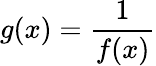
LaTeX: g(x)={\frac{1}{f(x)}}